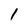
Character: 1